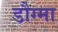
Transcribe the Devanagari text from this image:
डौग्मा